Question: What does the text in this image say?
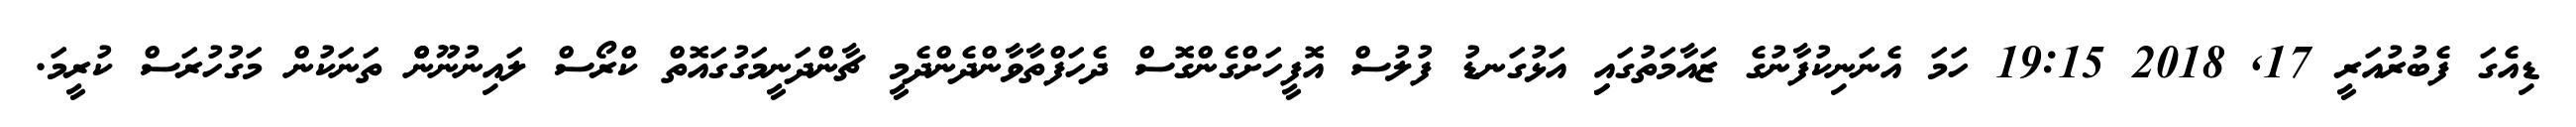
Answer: ޑިއެގަ ފެބުރުއަރީ 17, 2018 19:15 ހަމަ އެނަނިކުފާނުގެ ޒައާމަތުގައިި އަޅުގަނޑު ފުލުސް އޮފީހަށްގެންގޮސް ދެހަފްތާވާންދެންދެމީ ޗާންދަނީމަގުގައޮތް ކްރޯސް ލައިނުނޫންް ތަނަކުން މަގުހުރަސް ކުރީމަ.